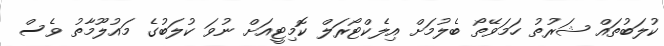
ކުލަބުތައް ޝަރުތު ހަމަވޭތޯ ބެލުމަށް އިލެކްޓޯރަލް ކޮމިޓީއަށް ނުވަ ކުލަބުގެ މައުލޫމާތު ވެސް